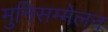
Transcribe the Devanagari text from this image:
मुनिसम्मेलन